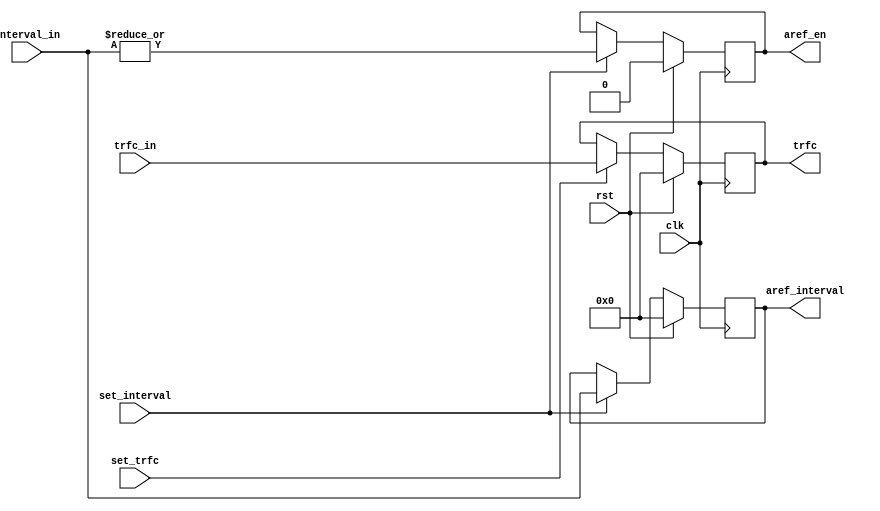
module autoref_config(
		input clk,
		input rst,
		
		input set_interval,
		input[27:0] interval_in,
		input set_trfc,
		input[27:0] trfc_in,
		
		
		output reg aref_en,
		output reg[27:0] aref_interval,
		output reg[27:0] trfc
    );
	 
	 
	 always@(posedge clk) begin
		if(rst) begin
			aref_en <= 0;
			aref_interval <= 0;
			trfc <= 0;
		end
		else begin
			if(set_interval) begin
				aref_en <= |interval_in;
				aref_interval <= interval_in;
			end //set_interval
			
			if(set_trfc) begin
				trfc <= trfc_in;
			end
		end
	 end

endmodule